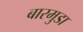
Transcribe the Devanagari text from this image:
बारमुडा